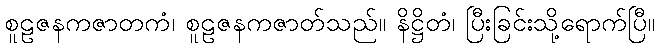
စူဠဇနကဇာတကံ၊ စူဠဇနကဇာတ်သည်။ နိဋ္ဌိတံ၊ ပြီးခြင်းသို့ရောက်ပြီ။